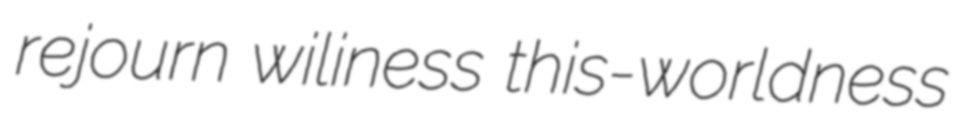
rejourn wiliness this-worldness